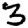
Digit: 3